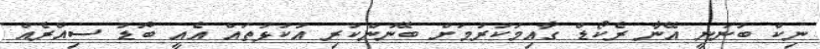
ނިކް ބުނަނީ އޭނާ ރެކޯޑް ގާއިމުކުރުމަށް ބޭނުންކުރި އުކުޅުތައް އެއީ ބޮޑު ސިއްރެއް